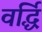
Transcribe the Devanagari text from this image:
वर्द्धि